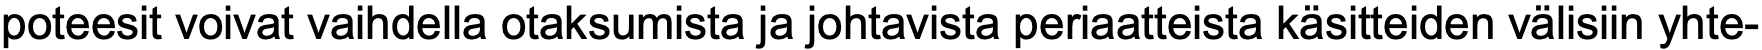
poteesit voivat vaihdella otaksumista ja johtavista periaatteista käsitteiden välisiin yhte-